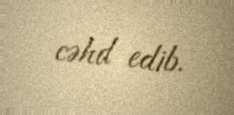
cəhd edib.